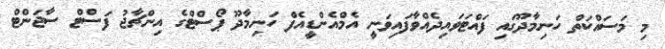
މި މަސަައްކަތް ހަނިމާދޫގައި ފައްޓަވައިދެއްވާފައިވަނީ އެމްއެންޑީއެފް ހަނިމާދޫ ޕޯސްޓްގެ އިންޗާޖު ފަސްޓް ސާޖަންޓް